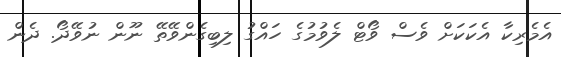
އެމެރިކާ އެކަކަށް ވެސް ވޯޓް ލެވުމުގެ ހައްގު ލިބިގެންވޭތޭ ނޫން ނުވޭދޯ. ދެން